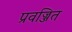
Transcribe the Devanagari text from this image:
प्रवज्जित